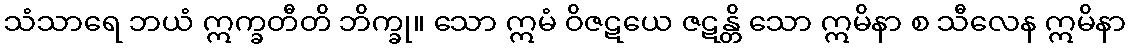
သံသာရေ ဘယံ ဣက္ခတီတိ ဘိက္ခု။ သော ဣမံ ဝိဇဋယေ ဇဋန္တိ သော ဣမိနာ စ သီလေန ဣမိနာ